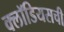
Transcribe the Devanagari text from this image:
क्लॉडियसची